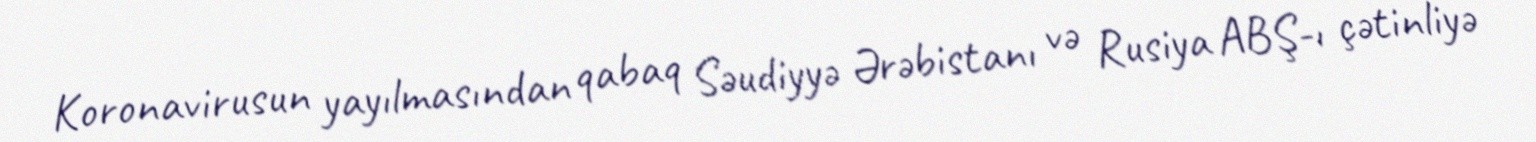
Koronavirusun yayılmasından qabaq Səudiyyə Ərəbistanı və Rusiya ABŞ-ı çətinliyə